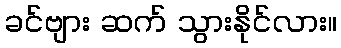
ခင်ဗျား ဆက် သွားနိုင်လား။